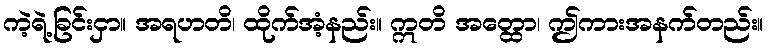
ကဲ့ရဲ့ခြင်းငှာ။ အရဟတိ၊ ထိုက်အံ့နည်း။ ဣတိ အတ္ထော၊ ဤကားအနက်တည်း။